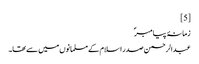
[5]
زمانۂ پیامبرؐ
عبدالرحمن صدر اسلام کے مسلمانوں میں سے تھا۔